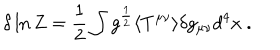
\delta \ln Z = { \frac { 1 } { 2 } } \int g ^ { \frac { 1 } { 2 } } \langle T ^ { \mu \nu } \rangle \delta g _ { \mu \nu } d ^ { 4 } x \space .